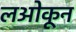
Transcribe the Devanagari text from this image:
लओकून